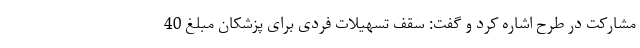
مشارکت در طرح اشاره کرد و گفت: سقف تسهیلات فردی برای پزشکان مبلغ 40